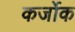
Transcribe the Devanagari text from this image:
कर्जोक